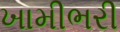
ખામીભરી